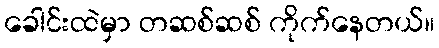
ခေါင်းထဲမှာ တဆစ်ဆစ် ကိုက်နေတယ်။